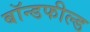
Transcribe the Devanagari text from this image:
बॉन्डफील्ड